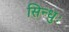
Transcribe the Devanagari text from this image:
सिन्धुः